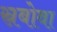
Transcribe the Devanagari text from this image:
स्रबोवा